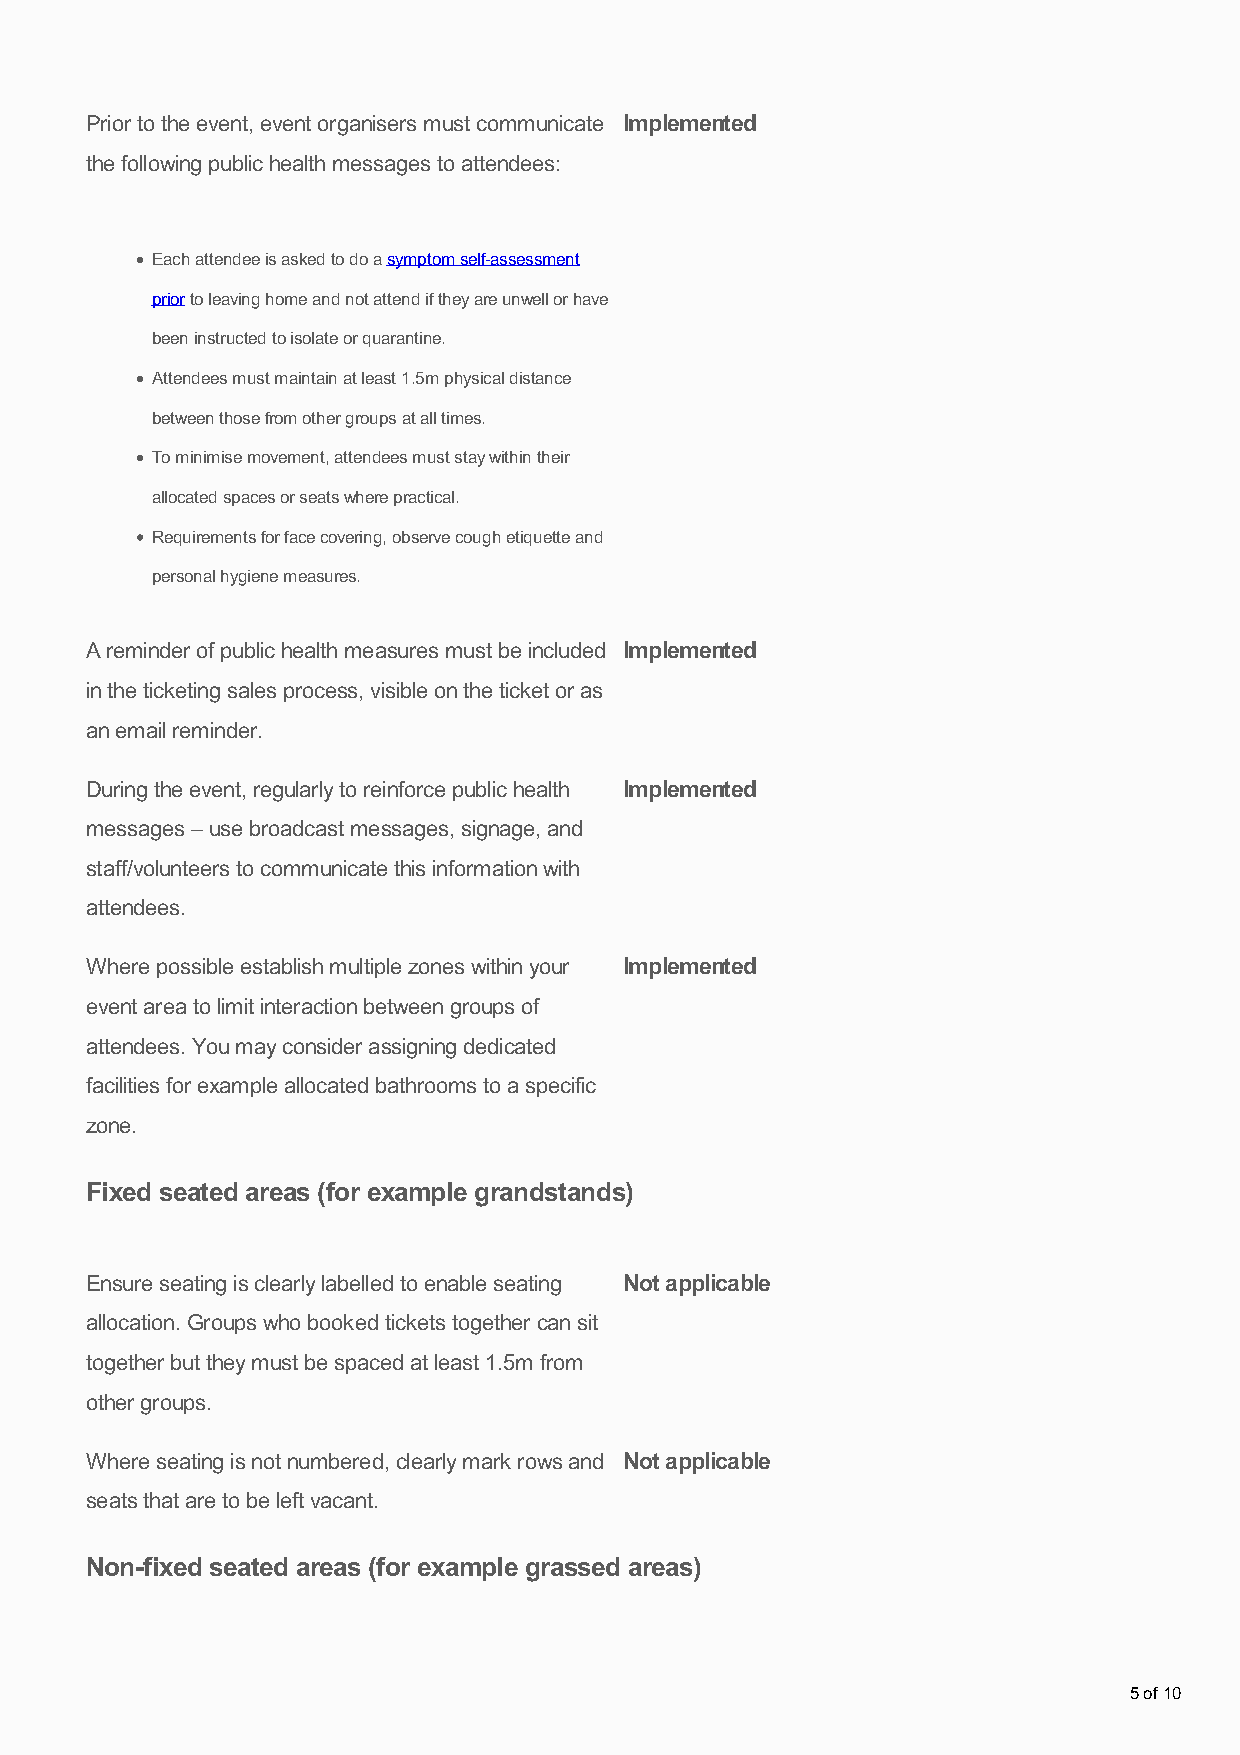
Prior to the event, event organisers must communicate Implemented
 the following public health messages to attendees:
 Each attendee is asked to do a symptom self-assessment
 prior to leaving home and not attend if they are unwell or have
 been instructed to isolate or quarantine.
 Attendees must maintain at least 1.5m physical distance
 between those from other groups at all times.
 To minimise movement, attendees must stay within their
 allocated spaces or seats where practical.
 Requirements for face covering, observe cough etiquette and
 personal hygiene measures.
 A reminder of public health measures must be included Implemented
 in the ticketing sales process, visible on the ticket or as
 an email reminder.
 During the event, regularly to reinforce public health Implemented
 messages – use broadcast messages, signage, and
 staff/volunteers to communicate this information with
 attendees.
 Where possible establish multiple zones within your Implemented
 event area to limit interaction between groups of
 attendees. You may consider assigning dedicated
 facilities for example allocated bathrooms to a specific
 zone.
 Fixed seated areas (for example grandstands)
 Ensure seating is clearly labelled to enable seating Not applicable
 allocation. Groups who booked tickets together can sit
 together but they must be spaced at least 1.5m from
 other groups.
 Where seating is not numbered, clearly mark rows and Not applicable
 seats that are to be left vacant.
 Non-fixed seated areas (for example grassed areas)
 5 of 10